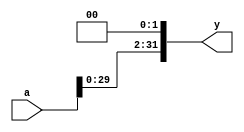
`timescale 1ns / 1ps
//////////////////////////////////////////////////////////////////////////////////
// Company: 
// Engineer: 
// 
// Design Name: 
// Module Name: sl2
// Project Name: 
// Target Devices: 
// Tool Versions: 
// Description: 
// 
// Dependencies: 
// 
// Revision:
// Revision 0.01 - File Created
// Additional Comments:
// 
//////////////////////////////////////////////////////////////////////////////////


module sl2(
	input wire[31:0] a,
	output wire[31:0] y
    );

	assign y = {a[29:0],2'b00};
endmodule